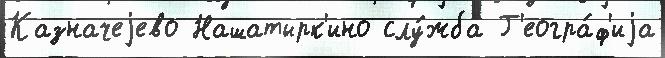
Казначеjево Нашатырк'ино слу́жба Г'еогра́ф'иjа